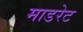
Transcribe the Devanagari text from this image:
माडरेट